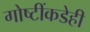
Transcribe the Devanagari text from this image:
गोष्टींकडेही